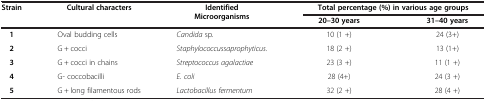
| Strain | Cultural characters | Identified Microorganisms | <COLSPAN=2> Total percentage (%)in various age groups |
 |  |  |  | 20–30 years | 31–40 years |
 | --- | --- | --- | --- | --- |
 | 1 | Oval budding cells | Candida sp. | 10 (1 +) | 24 (3+) |
 | 2 | G + cocci | Staphylococcussaprophyticus. | 18 (2 +) | 13 (1+) |
 | 3 | G + cocci in chains | Streptococcus agalactiae | 23 (3 +) | 11 (1 +) |
 | 4 | G- coccobacilli | E. coli | 28 (4+) | 24 (3 +) |
 | 5 | G + long filamentous rods | Lactobacillus fermentum | 32 (2 +) | 28 (4 +) |